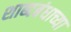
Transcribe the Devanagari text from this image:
शाब्दबंधाच्या